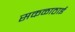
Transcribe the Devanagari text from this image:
सकळाठाई